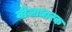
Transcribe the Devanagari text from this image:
वीज़ाधारक